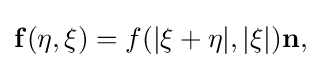
\mathbf {f} ({\bf {\eta }},{\bf {\xi }})=f(|{\bf {\xi }}+{\bf {\eta }}|,|{\bf {\xi }}|){\bf {{n},}}